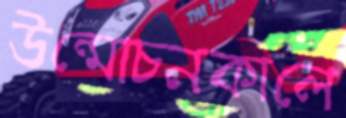
উন্মোচনকালে